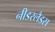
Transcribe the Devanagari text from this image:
नीडरलैडस